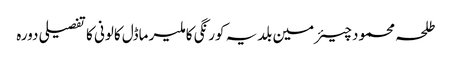
طلحہ محمود	 چیئرمین بلدیہ کورنگی کا ملیر ماڈل کالونی کا تفصیلی دورہ